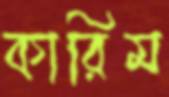
কারিম